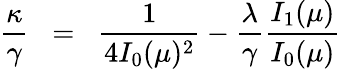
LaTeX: \frac{{\kappa}}{\gamma}\; \; =\; \; \frac{1}{4I_{0}(\mu)^{2}}-\frac{\lambda}{\gamma}\frac{I_{1}(\mu)}{I_{0}(\mu)}